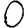
Digit: 0